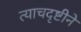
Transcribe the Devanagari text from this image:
त्याचदृष्टीने